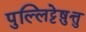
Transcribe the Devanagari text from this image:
पुल्लिट्टेष़ुत्तु